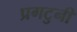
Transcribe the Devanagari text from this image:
प्रगटुनी